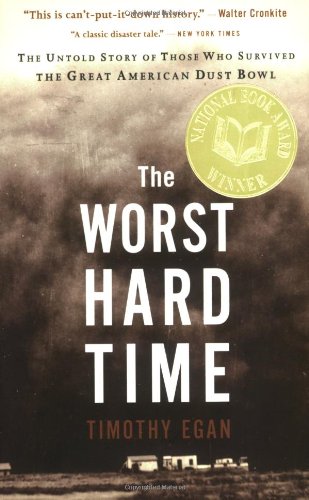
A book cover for The Worst Hard Time: The Untold Story of Those Who Survived the Great American Dust Bowl; Timothy Egan; History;